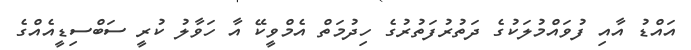
އައްޑު އާއި ފުވައްމުލަކުގެ ދަތުރުފަތުރުގެ ހިދުމަތް އެމްވީކޭ އާ ހަވާލު ކުރީ ސަބްސިޑީއެއްގެ